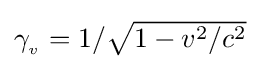
{\textstyle \gamma _{_{v}}=1/{\sqrt {1-v^{2}/c^{2}}}}